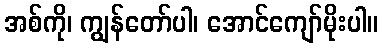
အစ်ကို၊ ကျွန်တော်ပါ၊ အောင်ကျော်မိုးပါ။